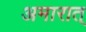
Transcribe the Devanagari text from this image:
अमारात्